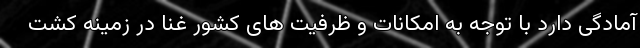
آمادگی دارد با توجه به امکانات و ظرفیت های کشور غنا در زمینه کشت